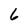
Character: 6